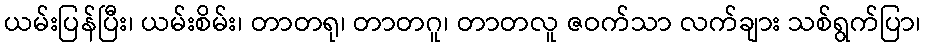
ယမ်းပြန်ပြီး၊ ယမ်းစိမ်း၊ တာတရု၊ တာတဂူ၊ တာတလူ ဇဝက်သာ လက်ချား သစ်ရွက်ပြာ၊